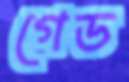
গেড